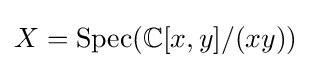
X={\text{Spec}}(\mathbb {C} [x,y]/(xy))